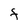
Character: F